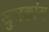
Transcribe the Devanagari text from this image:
युनकांग